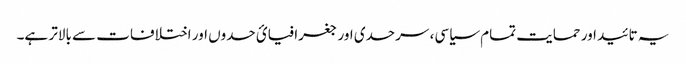
یہ تائید اور حمایت تمام سیاسی، سرحدی اور جغرافیائ حدوں اور اختلافات سے بالاتر ہے۔